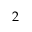
2